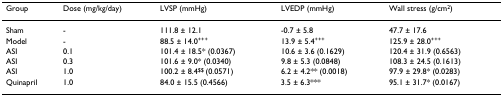
<table><thead><tr><td><b>Group</b></td><td><b>Dose (mg/kg/day)</b></td><td><b>LVSP (mmHg)</b></td><td><b>LVEDP (mmHg)</b></td><td><b>Wall stress (g/cm<sup>2</sup>)</b></td></tr></thead><tbody><tr><td>Sham</td><td>-</td><td>111.8 ± 12.1</td><td>-0.7 ± 5.8</td><td>47.7 ± 17.6</td></tr><tr><td>Model</td><td>-</td><td>88.5 ± 14.0<sup>+++</sup></td><td>13.9 ± 5.4<sup>+++</sup></td><td>125.9 ± 28.0<sup>+++</sup></td></tr><tr><td>ASI</td><td>0.1</td><td>101.4 ± 18.5* (0.0367)</td><td>10.6 ± 3.6 (0.1629)</td><td>120.4 ± 31.9 (0.6563)</td></tr><tr><td>ASI</td><td>0.3</td><td>101.6 ± 9.0* (0.0340)</td><td>9.8 ± 5.3 (0.0848)</td><td>108.3 ± 24.5 (0.1613)</td></tr><tr><td>ASI</td><td>1.0</td><td>100.2 ± 8.4<sup>$$ </sup>(0.0571)</td><td>6.2 ± 4.2** (0.0018)</td><td>97.9 ± 29.8* (0.0283)</td></tr><tr><td>Quinapril</td><td>1.0</td><td>84.0 ± 15.5 (0.4566)</td><td>3.5 ± 6.3***</td><td>95.1 ± 31.7* (0.0167)</td></tr></tbody></table>